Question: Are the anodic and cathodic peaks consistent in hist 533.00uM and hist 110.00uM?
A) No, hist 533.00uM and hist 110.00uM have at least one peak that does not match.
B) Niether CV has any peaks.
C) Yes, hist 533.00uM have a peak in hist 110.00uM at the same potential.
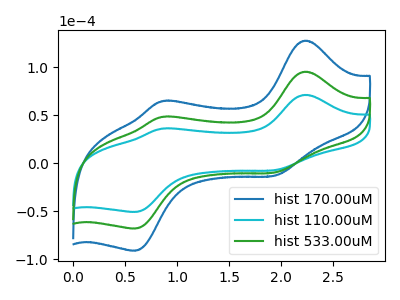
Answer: <think>The blue curve "hist 170.00uM" has anodic peaks at (2.25V, 190.60uA) (0.85V, 96.40uA) and cathodic peaks at (1.95V, -19.20uA) (0.60V, -136.05uA). The cyan curve "hist 110.00uM" has anodic peaks at (2.25V, 71.15uA) (0.85V, 36.00uA) and cathodic peaks at (1.95V, -7.15uA) (0.60V, -50.75uA). The green curve "hist 533.00uM" has anodic peaks at (2.25V, 95.30uA) (0.85V, 48.20uA) and cathodic peaks at (1.95V, -9.60uA) (0.60V, -68.00uA).</think>
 <answer>C) Yes, "hist 533.00uM" have a peak in "hist 110.00uM" at the same potential.</answer>
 <eval>C</eval>